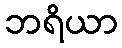
ဘရိယာ